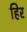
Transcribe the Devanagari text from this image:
हिर